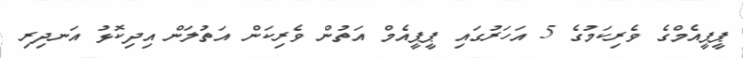
ޕީޕީއެމްގެ ވެރިކަމުގެ 5 އަހަރުގައި ޕީޕީއެމް އަތުން ވެރިކަން އަތުލަން އިދިކޮޅު އަނދިރި